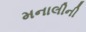
મનાલીની